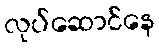
လုပ်ဆောင်နေ